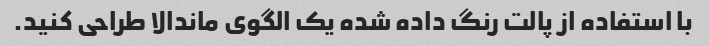
با استفاده از پالت رنگ داده شده یک الگوی ماندالا طراحی کنید.